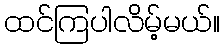
ထင်ကြပါလိမ့်မယ်။